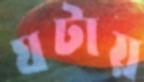
ঘটায়